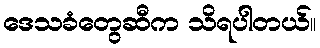
ဒေသခံတွေဆီက သိရပါတယ်။